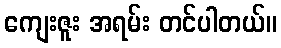
ကျေးဇူး အရမ်း တင်ပါတယ်။